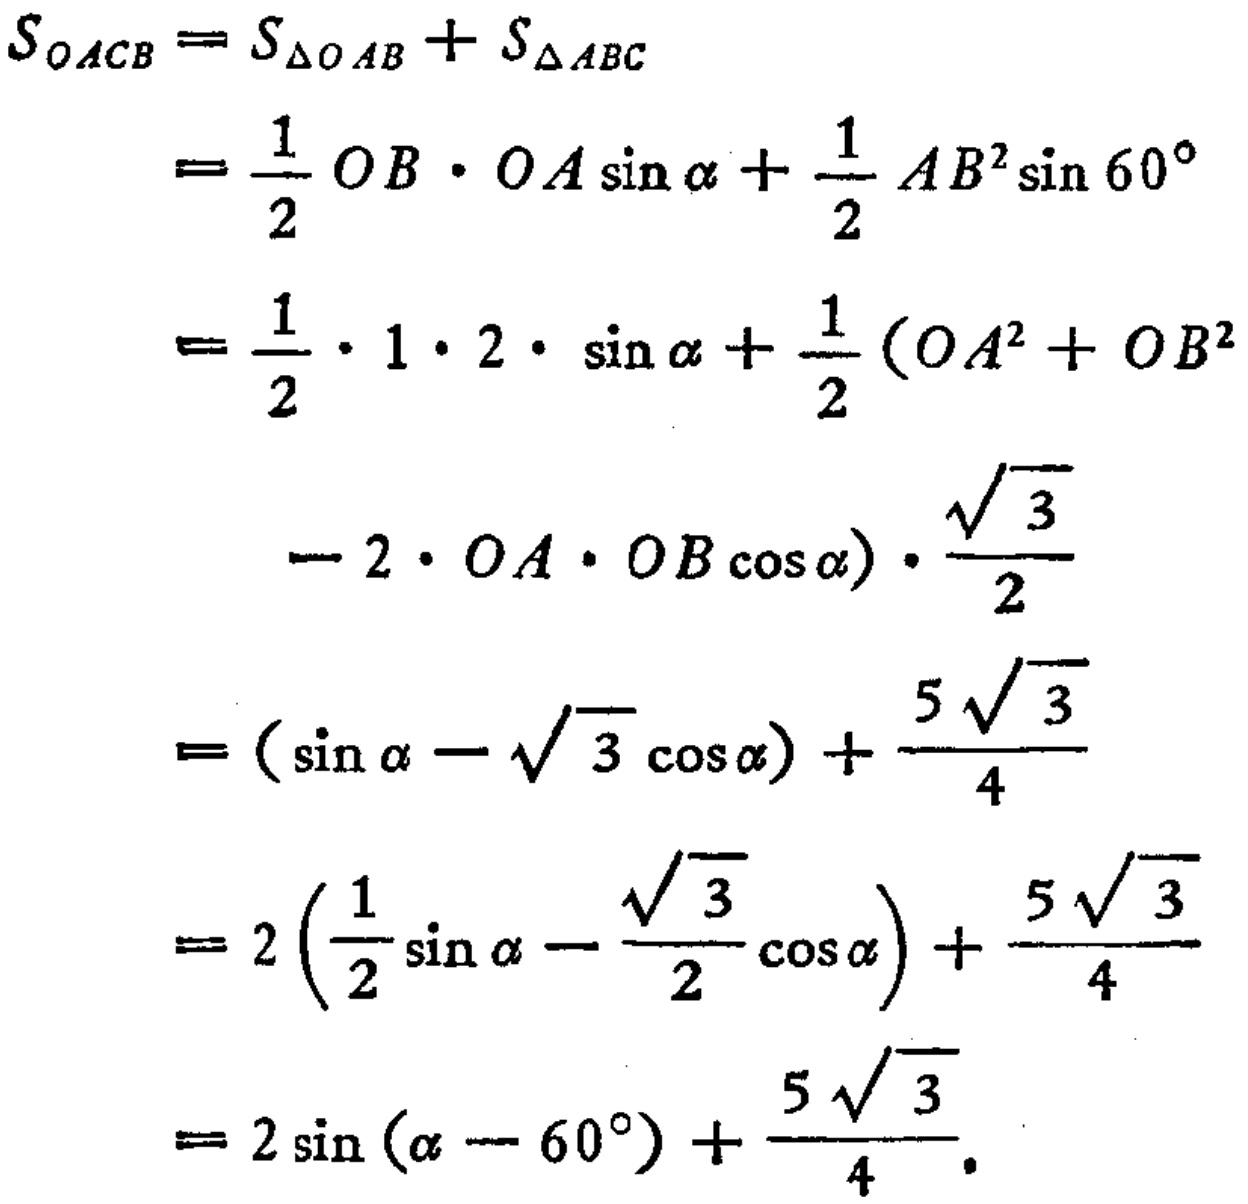
\[

\begin{align*}

S_{OACB}&=S_{\triangle OAB}+S_{\triangle ABC}\\

&=\frac{1}{2}OB\cdot OA\sin\alpha+\frac{1}{2}AB^{2}\sin60^{\circ}\\

&=\frac{1}{2}\cdot1\cdot2\cdot\sin\alpha+\frac{1}{2}(OA^{2}+OB^{2}\\

&\quad - 2\cdot OA\cdot OB\cos\alpha)\cdot\frac{\sqrt{3}}{2}\\

&=(\sin\alpha-\sqrt{3}\cos\alpha)+\frac{5\sqrt{3}}{4}\\

&=2\left(\frac{1}{2}\sin\alpha-\frac{\sqrt{3}}{2}\cos\alpha\right)+\frac{5\sqrt{3}}{4}\\

&=2\sin(\alpha - 60^{\circ})+\frac{5\sqrt{3}}{4}.

\end{align*}

\]